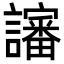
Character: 讅